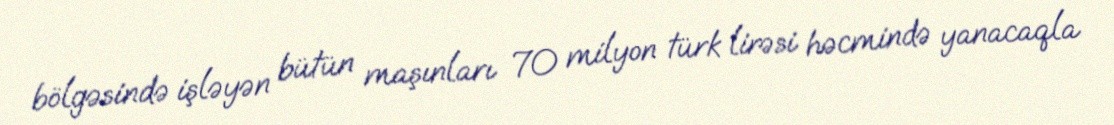
bölgəsində işləyən bütün maşınları 70 milyon türk lirəsi həcmində yanacaqla